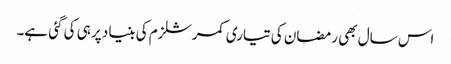
اس سال بھی رمضان کی تیاری کمرشلزم کی بنیاد پر ہی کی گئی ہے۔